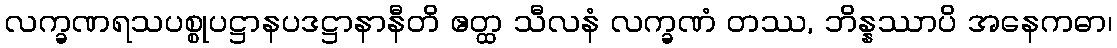
လက္ခဏရသပစ္စုပဋ္ဌာနပဒဋ္ဌာနာနီတိ ဧတ္ထ သီလနံ လက္ခဏံ တဿ, ဘိန္နဿာပိ အနေကဓာ၊